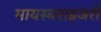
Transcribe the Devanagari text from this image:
मायस्चराइजरों